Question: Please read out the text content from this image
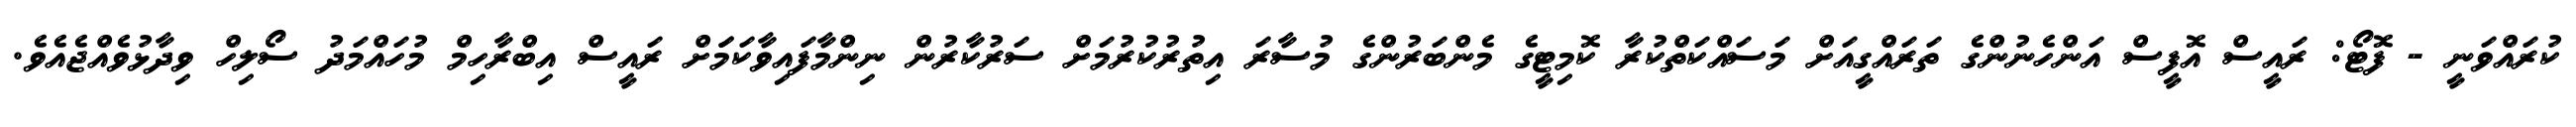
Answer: ކުރައްވަނީ - ފޮޓޯ: ރައީސް އޮފީސް އަންހެނުންގެ ތަރައްގީއަށް މަސައްކަތްކުރާ ކޮމިޓީގެ މެންބަރުންގެ މުސާރަ އިތުރުކުރުމަށް ސަރުކާރުން ނިންމާފައިވާކަމަަށް ރައީސް އިބްރާހިމް މުހައްމަދު ސޯލިހް ވިދާޅުވެއްޖެއެވެ.